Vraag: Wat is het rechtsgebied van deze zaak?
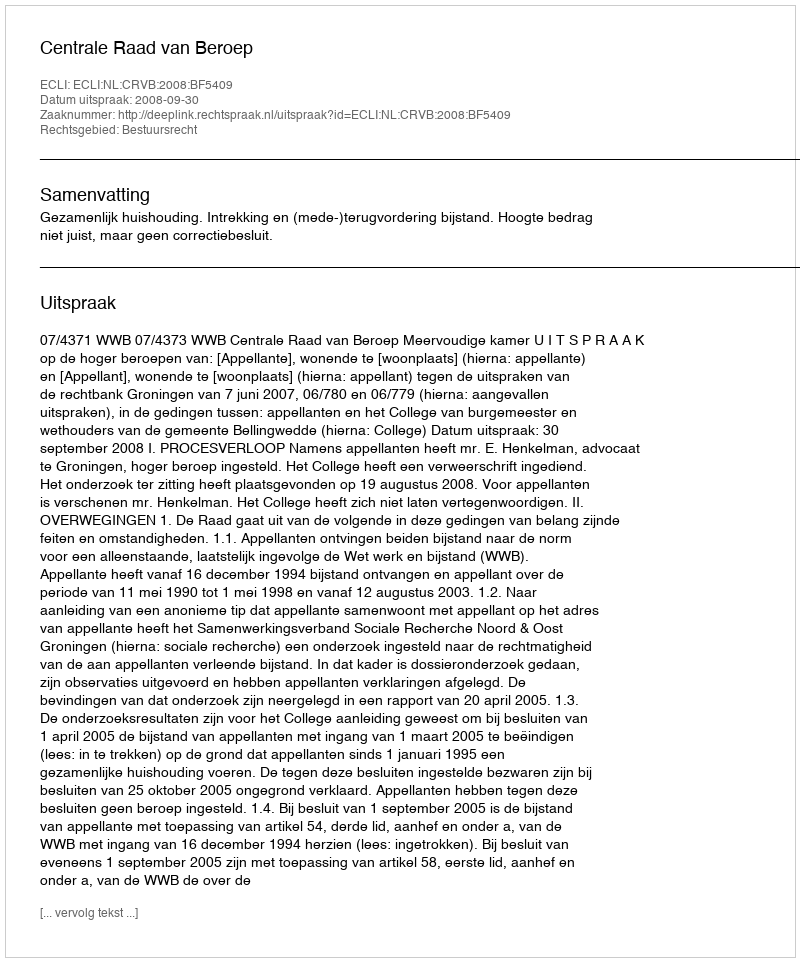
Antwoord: Bestuursrecht